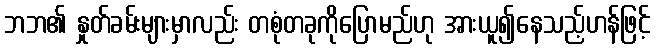
ဘဘ၏ နှုတ်ခမ်းများမှာလည်း တစုံတခုကိုပြောမည်ဟု အားယူ၍နေသည့်ဟန်ဖြင့်